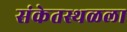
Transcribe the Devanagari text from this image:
संकेतस्थळला